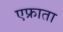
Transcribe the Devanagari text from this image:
एफ्राता